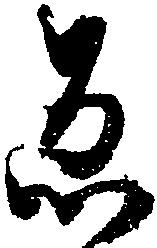
ゑ